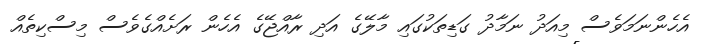
އެހެންނަމަވެސް މިއަދު ނަމާދު ގަޑިތަކުގައި މާލޭގެ އަދި ރާއްޖޭގެ އެހެން ރަށެއްގެވެސް މިސްކިތެއް